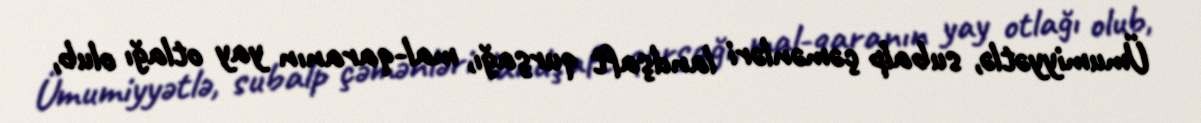
Ümumiyyətlə, subalp çəmənləri landşaft qurşağı, mal-qaranın yay otlağı olub,